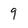
Character: 9